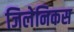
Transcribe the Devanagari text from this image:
जिलेनिकस